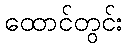
ထောင်တွင်း